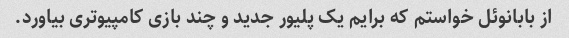
از بابانوئل خواستم که برایم یک پلیور جدید و چند بازی کامپیوتری بیاورد.